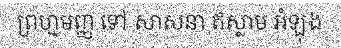
ព្រហ្មមញ្ញ ទៅ សាសនា ឥស្លាម អំឡុង